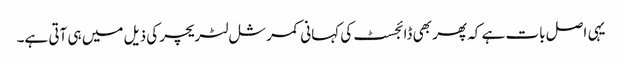
یہی اصل بات ہے کہ پھر بھی ڈائجسٹ کی کہانی کمرشل لٹریچر کی ذیل میں ہی آتی ہے۔